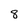
Character: 8